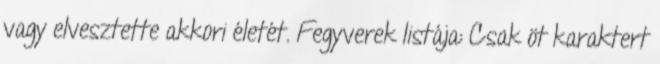
vagy elvesztette akkori életét. Fegyverek listája: Csak öt karaktert